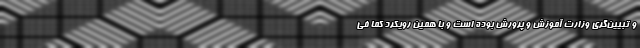
و تبیین‌گری وزارت آموزش و پرورش بوده است و با همین رویکرد کما فی